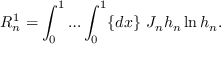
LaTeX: R _ { n } ^ { 1 } = \int _ { 0 } ^ { 1 } { \ldots } \int _ { 0 } ^ { 1 } \{ d x \} ~ J _ { n } h _ { n } \ln h _ { n } . \nonumber